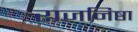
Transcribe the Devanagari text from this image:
राजनिष्ठा